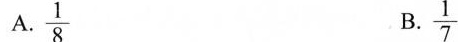
A.\frac{1}{8} B.\frac{1}{7}